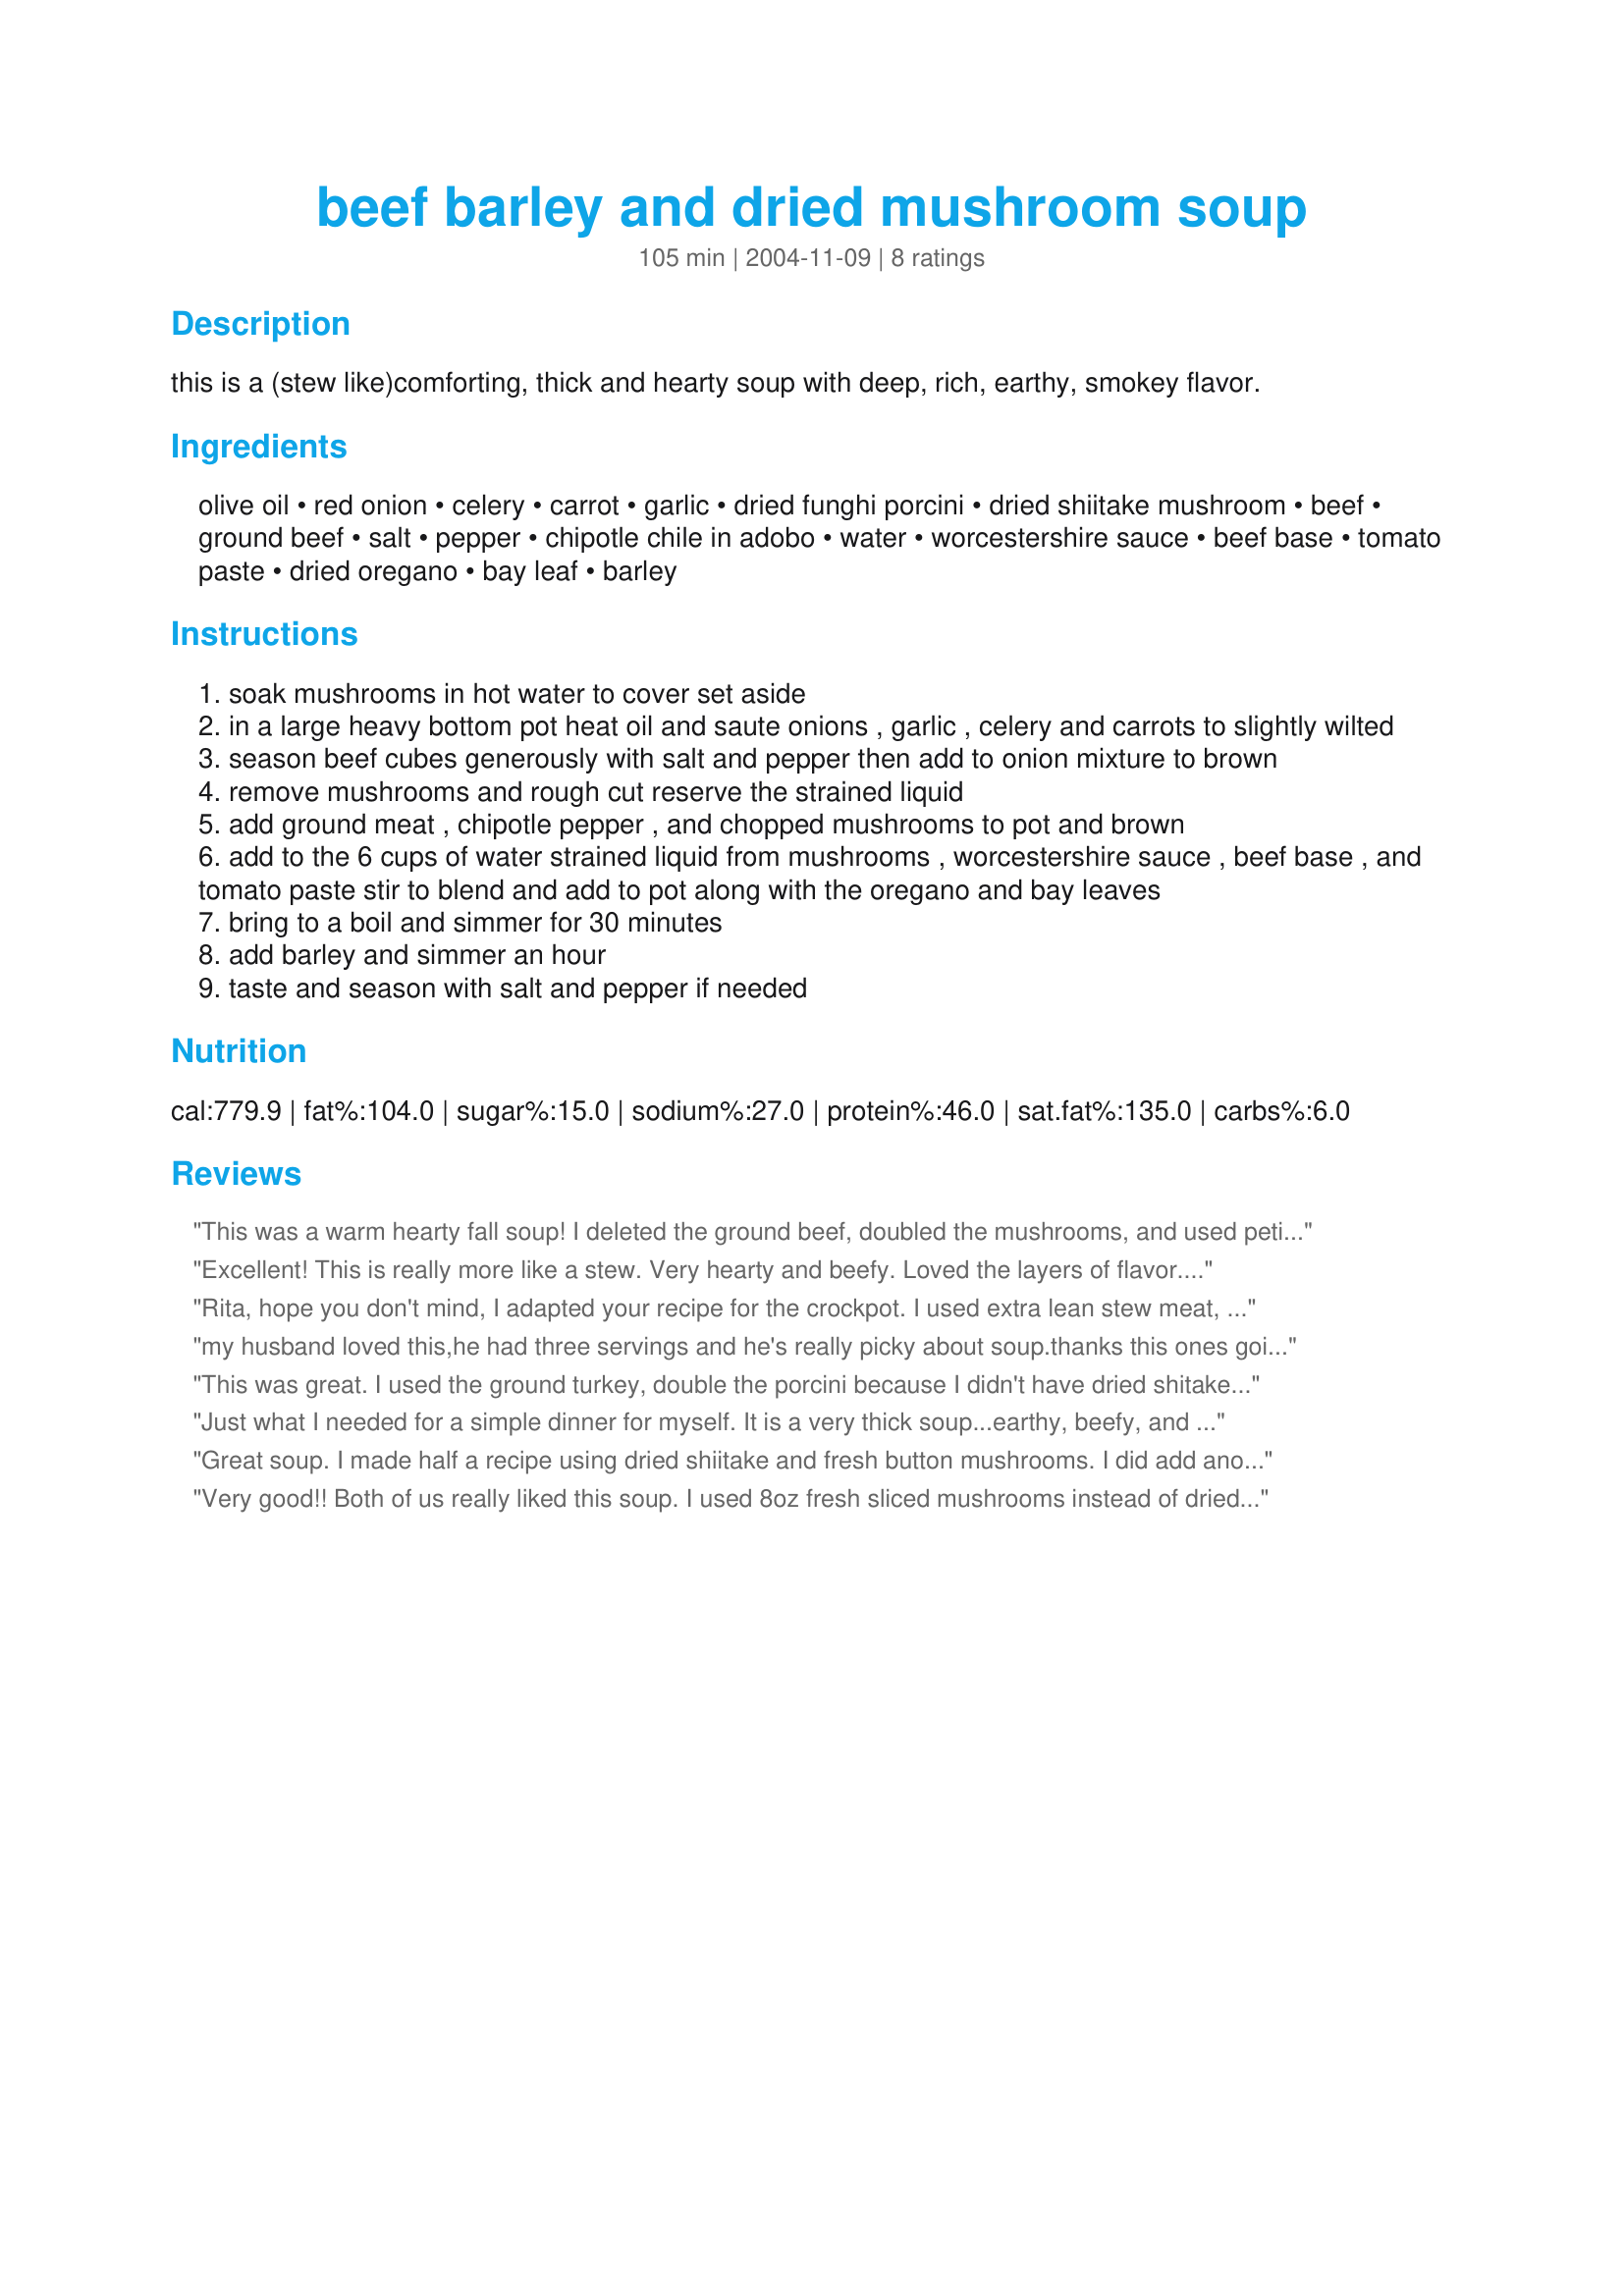
beef barley and dried mushroom soup
Preparation time: 105 minutes

this is a (stew like)comforting, thick and hearty soup with deep, rich, earthy, smokey flavor.

Ingredients:
olive oil, red onion, celery, carrot, garlic, dried funghi porcini, dried shiitake mushroom, beef, ground beef, salt, pepper, chipotle chile in adobo, water, worcestershire sauce, beef base, tomato paste, dried oregano, bay leaf, barley

Steps:
soak mushrooms in hot water to cover set aside
in a large heavy bottom pot heat oil and saute onions , garlic , celery and carrots to slightly wilted
season beef cubes generously with salt and pepper then add to onion mixture to brown
remove mushrooms and rough cut reserve the strained liquid
add ground meat , chipotle pepper , and chopped mushrooms to pot and brown
add to the 6 cups of water strained liquid from mushrooms , worcestershire sauce , beef base , and tomato paste stir to blend and add to pot along with the oregano and bay leaves
bring to a boil and simmer for 30 minutes
add barley and simmer an hour
taste and season with salt and pepper if needed

Reviews:
This was a warm hearty fall soup! I deleted the ground beef, doubled the mushrooms, and used petite diced tomatoes with chipotle instead of the chipotle and tomatoe paste.
I'm sure we will make this throughout the fall/winter!
Excellent! This is really more like a stew. Very hearty and beefy. Loved the layers of flavor. I had to use only shiitake, but the mushroom broth was dark and flavorful. The chipotle added a smokey and slightly spicy element. This is going in my favorites cookbook, and will definitely be made again.
Rita, hope you don't mind, I adapted your recipe for the crockpot. I used extra lean stew meat, seasoned with salt and pepper then browned it in the olive oil. Cut the onions and carrots in half lengthwise then sliced them using the food processor slicing blade. The celery was also sliced. Added the browned, meat, sliced veggies and remainder of ingredients and cooked on low for about 8 hours. The last hour of cooking, I added the chile, mushrooms and additional liquid from the mushrooms. The soup has a wonderfully rich muchroom broth. DH loved it! Thanks for a definate keeper.
my husband loved this,he had three servings and he's really picky about soup.thanks this ones going in the family favourites file!!
This was great. I used the ground turkey, double the porcini because I didn't have dried shitakes, and added a small can of mushrooms, just because we love mushrooms. It came out more like a stew and was really hearty. I loved the slight heat from the chipotle. I'll be making this one a lot this winter!
Just what I needed for a simple dinner for myself. It is a very thick soup...earthy, beefy, and with just a little kick from the chipotle. I loved it. So different from your usual, run of the mill beef barley soups, yet the familiarity of that home cooked soup is still definitely there. I didn't have any porcinis so I doubled up on the shiitakes... and even added a few ounces of white button mushrooms. Did I mention that I LOVE mushrooms??? Will be making this one often during the winter months! Thanks!
Great soup. I made half a recipe using dried shiitake and fresh button mushrooms. I did add another 1/2 c. water as it was getting a bit thick for us. I did have to cook it longer than one hour for the barley to be done but the flavors blended beautifully.
Very good!! Both of us really liked this soup. I used 8oz fresh sliced mushrooms instead of dried because dried mushrooms are sooo expensive. I also used 3 chipotle peppers instead of one because we like a little heat! Otherwise I followed the recipe. I was leary about using beef cubes AND ground beef but it was great!!!This will be a regular meal in our house! Thanks Rita!
